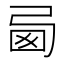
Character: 㢴